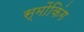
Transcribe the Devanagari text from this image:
स्मोंकिंग